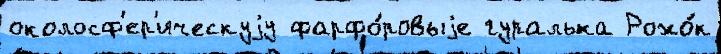
околосф'ер'ическуjу фарфо́ровыjе гуралька Рожо́к